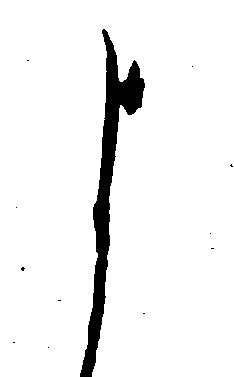
よ